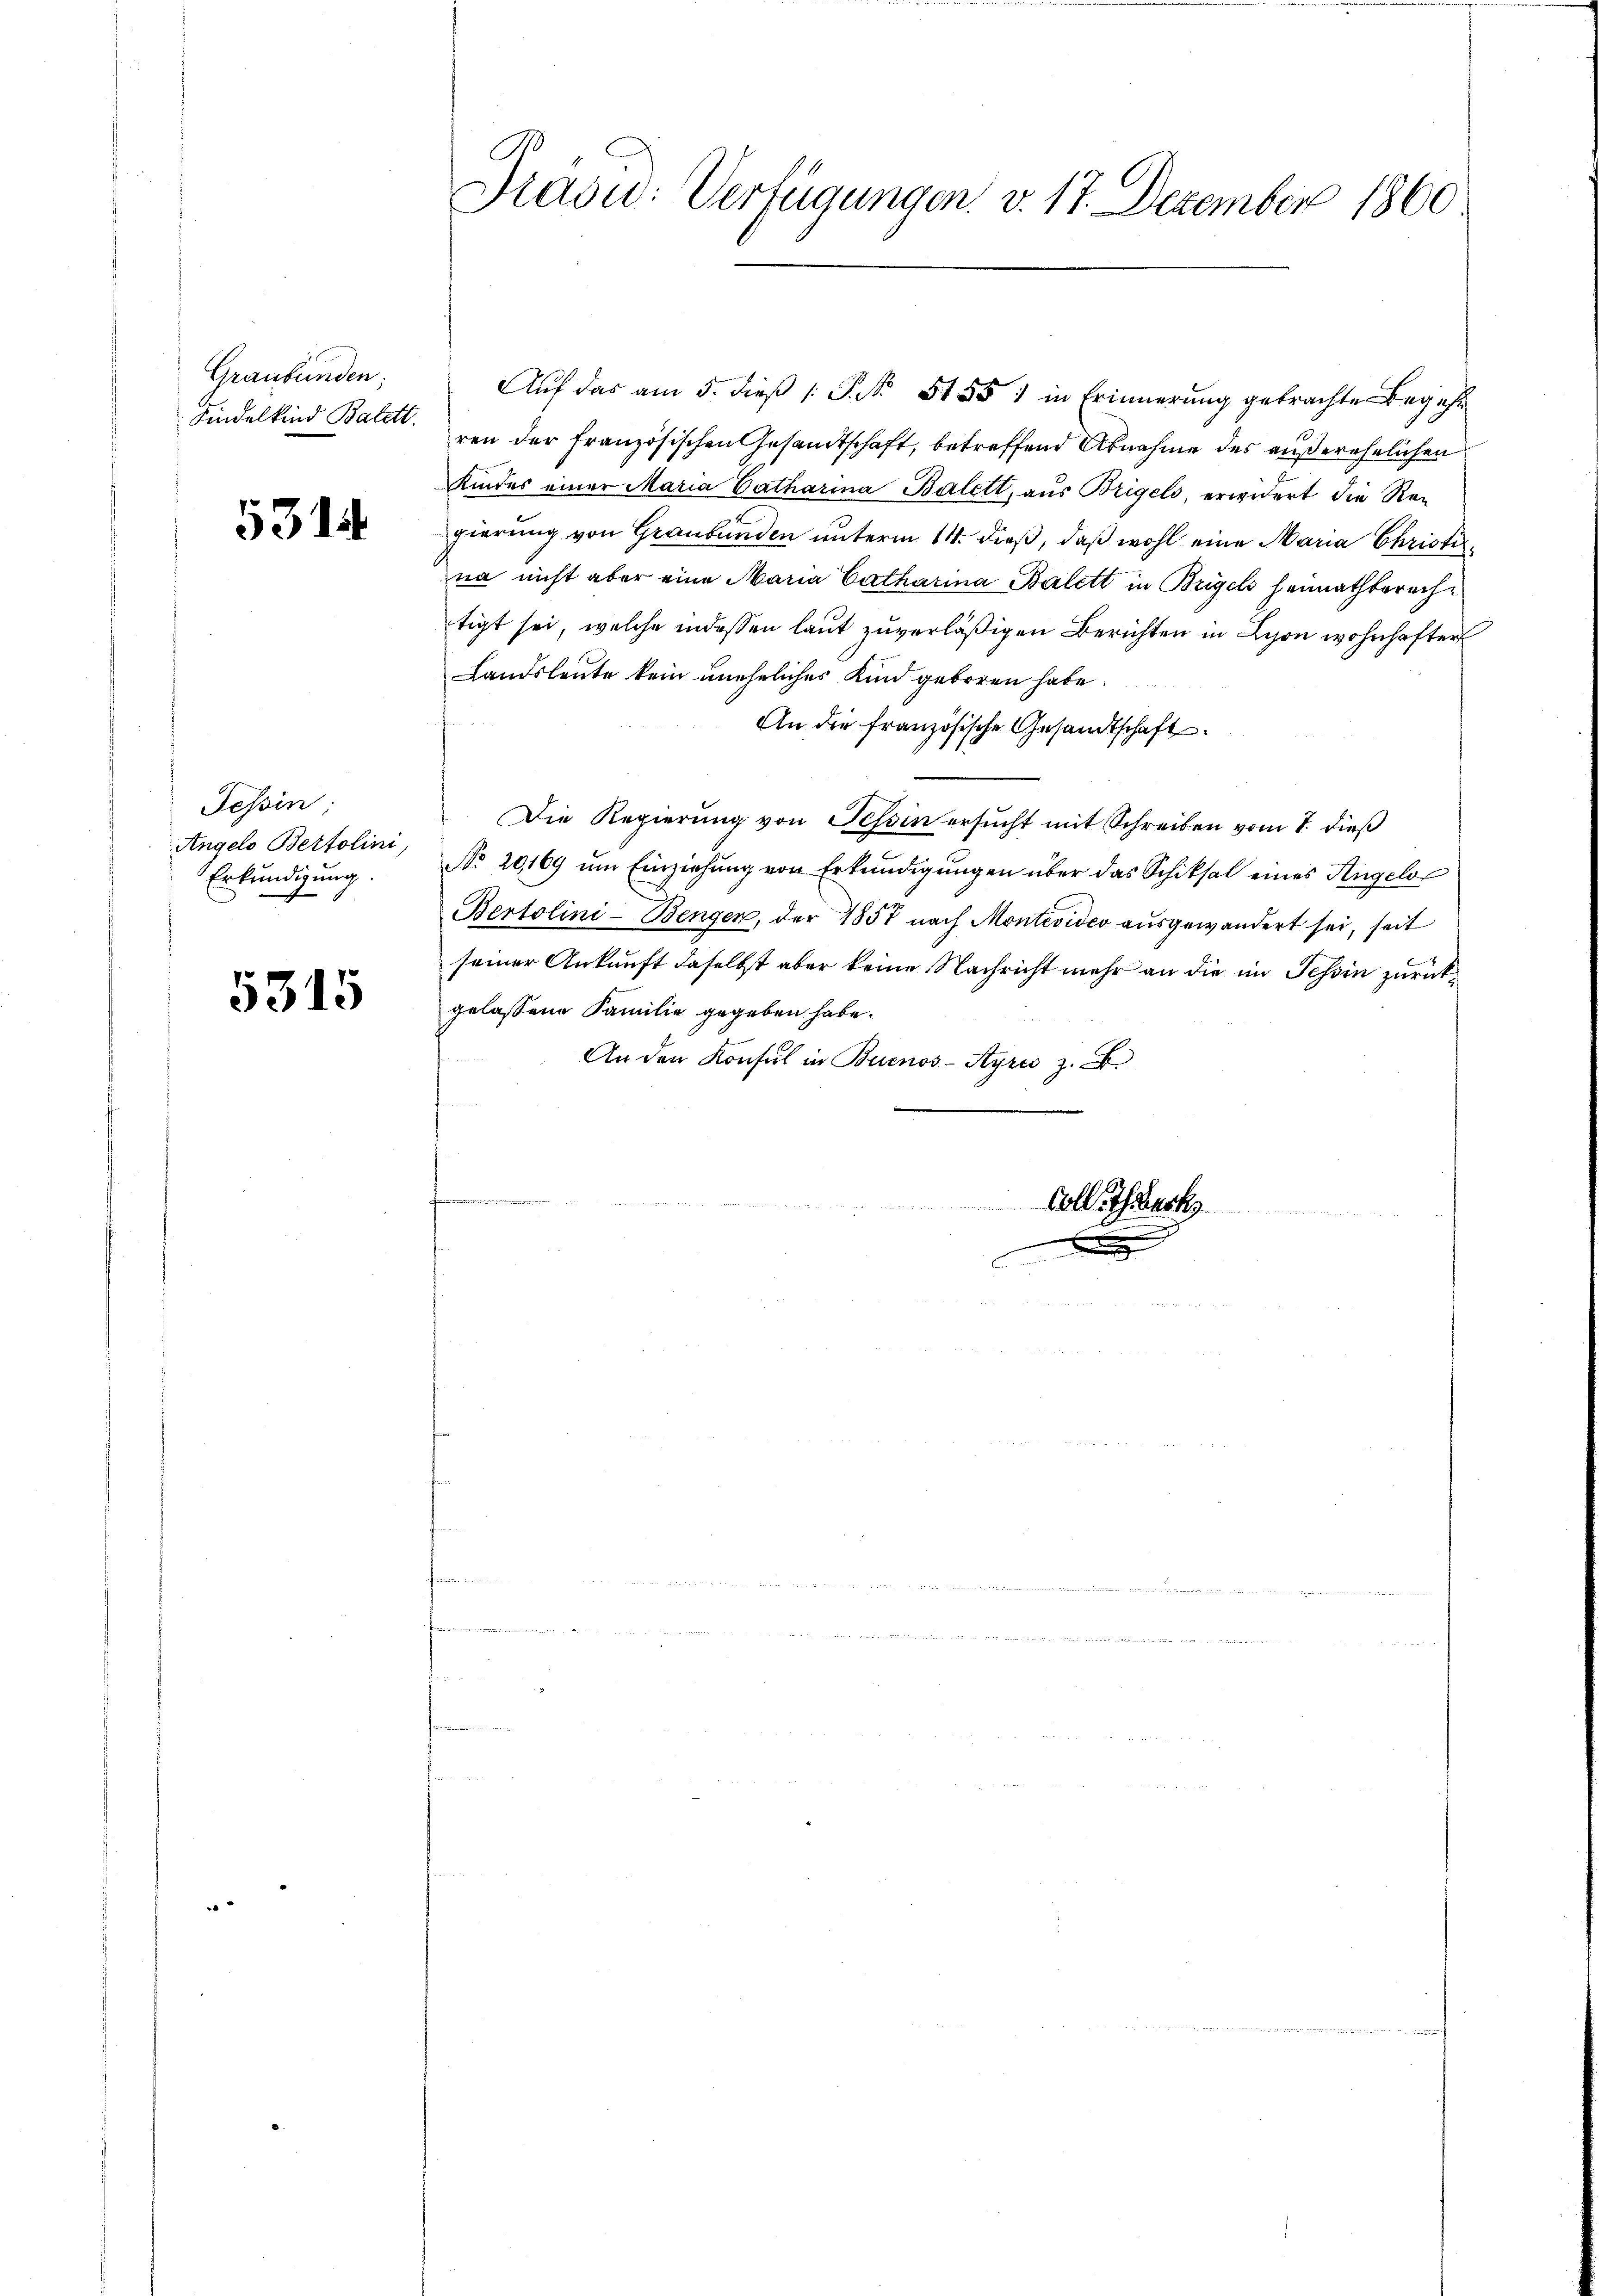
Graubünden;

5314

Tessin;
Angelo Bertolini,
Erkundigung.

5315

Prasid: Verfügungen. v. 17. Dezember 1860

Auf das am 5. dieβ (: P. Nr. 1851 in Erinnerung gebrachte Begehr
Findelkind Balet von der französischen Gesandtschaft, betreffend Abnahme des außerehelichen
Kindes einer Maria Catharina Balett, aŭs Brigels, erwidert die Regierung von Graubünden unterm 14. dieß, daß wohl eine Maria Christina nicht aber eine Maria Catharina Balett in Brigels heimathbrachtigt sei, welche indessen laut zuverläßigen Berichten in Schon wohnhafter
Landsleute kein uneheliches Kind geboren habe.
An die französische Gesandtschaft
Die Regierung von Tessin ersucht mit Schreiben vom 1. dieß
No 20169 ŭm Einziehŭng von Erkŭndigŭngen über das Schiksal eines Angelo
Bertolini-Bengen, der 1857 nach Montevideo ausgewandert sei, seit
seiner Ankunft daselbst aber keine Nachricht mehr an die im Schin zurückgelassene Familie gegeben habe.
An den Konsul in Buenos-Ayres z. B.
e
Colle Schwerk
.

f